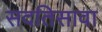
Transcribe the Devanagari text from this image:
सदतिसावा